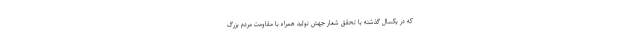
که در یکسال گذشته با تحقق شعار جهش تولید همراه با مقاومت مردم بزرگ